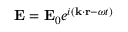
\mathbf { E } = \mathbf { E } _ { 0 } e ^ { i ( \mathbf { k } \cdot \mathbf { r } - \omega t ) }